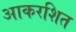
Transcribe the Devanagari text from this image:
आकरशित